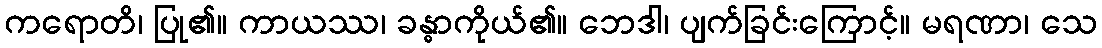
ကရောတိ၊ ပြု၏။ ကာယဿ၊ ခန္ဓာကိုယ်၏။ ဘေဒါ၊ ပျက်ခြင်းကြောင့်။ မရဏာ၊ သေ